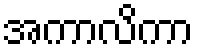
အကာလိကာ